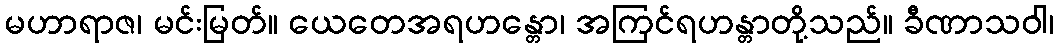
မဟာရာဇ၊ မင်းမြတ်။ ယေတေအရဟန္တော၊ အကြင်ရဟန္တာတို့သည်။ ခီဏာသဝါ၊